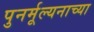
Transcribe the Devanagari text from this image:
पुनर्मूल्यनाच्या